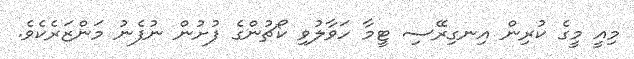
މިއީ މީގެ ކުރިން އިނގިރޭސި ޓީމާ ހަވާލުވި ކޯޗުންގެ ފުށުން ނުފެނު މަންޒަރެކެވެ.